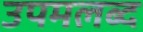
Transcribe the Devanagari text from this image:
उपमलब्द